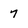
Character: 7